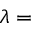
\lambda =